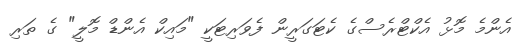
އެންމެ މޮޅު އެކްޓްރެސްގެ ކެޓަގަރީން ފެވަރިޓަކީ "މައިކް އެންޑް މޮލީ" ގެ ތަރި